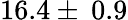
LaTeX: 16.4\pm\: 0.9